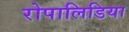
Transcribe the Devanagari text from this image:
रोपालिडिया